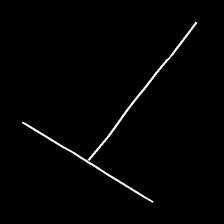
Glyph: column